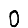
Digit: 0